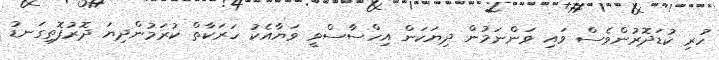
ހުރި ކުޑަދޮރުންވެސް ވައި ވަންނަމުން ދިޔަކަން އިހްސާސްވީ ވަޔާއެކު ހަރަކާތް ކުރަމުންދިޔަ ދޮރުފޮތިގަނޑު